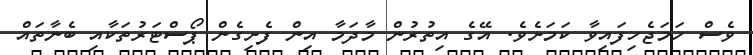
ވެސް ހަމަޖެހިފައިވާ ކަމަށެވެ. އޭގެ އިތުރުން މާދަމާ އިން ފެށިގެން ޕޯސްޓަރުތަކާއި ބެނާތައް